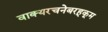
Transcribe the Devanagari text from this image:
वाक्यरचनेबरहूकूम